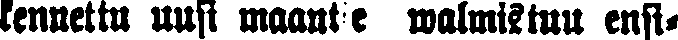
kennettu uusi maantie walmistuu ensi-